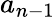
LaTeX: a_{n-1}